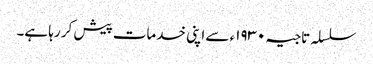
سلسلہ تاجیہ ١٩٣٠ء سے اپنی خدمات پیش کر رہا ہے۔